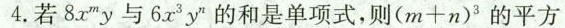
4.若8x^{m}y与6x^{3}y^{n}的和是单项式，则$$( m + n ) ^ { 3 }$$的平方